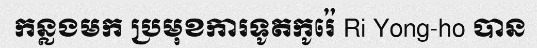
កន្លងមក ប្រមុខការទូតកូរ៉េ Ri Yong-ho បាន